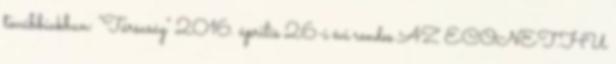
továbbiakban: "Társaság" 2016. április 26-i évi rendes AZ ECONET.HU